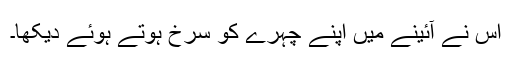
اس نے آئینے میں اپنے چہرے کو سرخ ہوتے ہوئے دیکھا۔